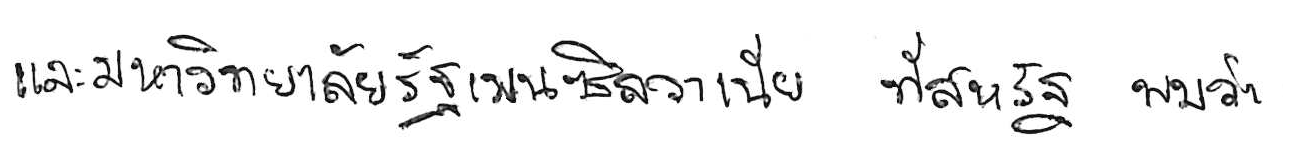
และมหาวิทยาลัยรัฐเพนซิลวาเนีย ที่สหรัฐ พบว่า